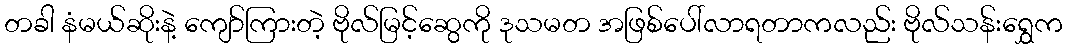
တခါ နံမယ်ဆိုးနဲ့ ကျော်ကြားတဲ့ ဗိုလ်မြင့်ဆွေကို ဒုသမတ အဖြစ်ပေါ်လာရတာကလည်း ဗိုလ်သန်းရွှေက